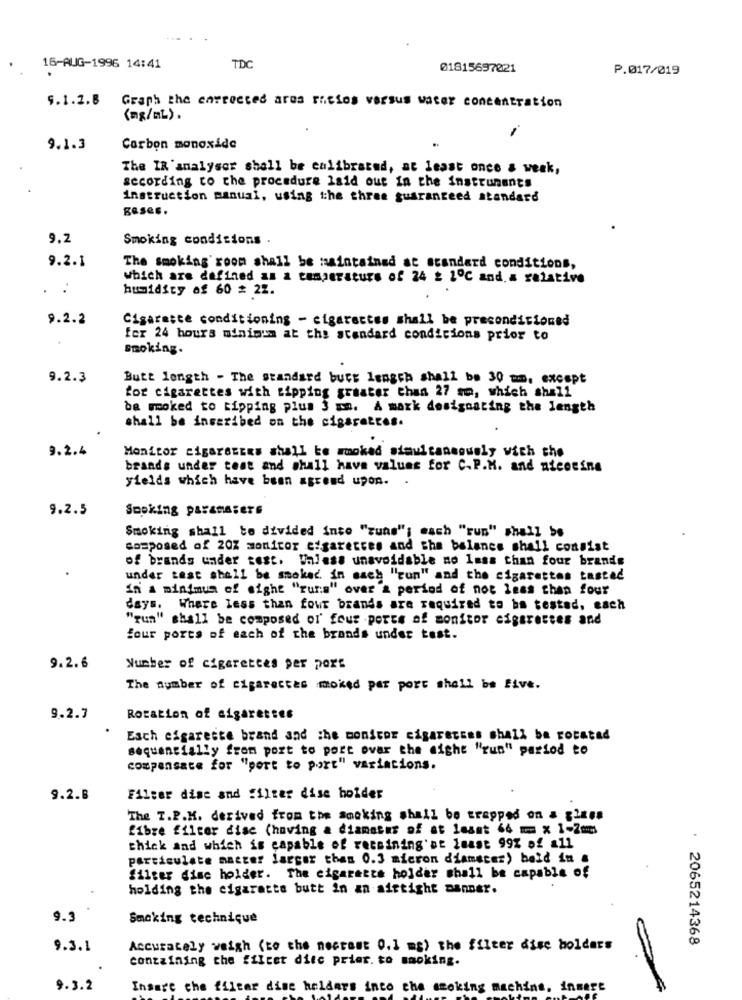
16-AUG-1996 14:41
TDC
01815697021
P.017/019
9.1.2.8 Graph the entrected area ricios versus water concentration
9.1.3
Carbon monoxide
The IR 'analyser shall be calibrated, at least once a week,
secording to the procedure laid out in the instruments
instruction manual, using the three guaranteed standard
geses.
9.2
Smoking conditions .
9.2.1
The smoking room shall be maintained at standard conditions,
Which are defined as a temperature of 24 2 1℃ and. a relative
..
humidity of 60 # 22.
9.2.2
Cigarette conditioning - cigarettes shall be preconditioned
.
for 24 hours minimum at the standard condicions prior to
smoking.
9.2.3
Butt length - The standard burt length shall be 30 mm, except
for cigarettes with tipping greater than 27 mm, which shall
ba woked to tipping plus 3 mon. A mark designating the length
shall be inscribed on the cigarettes.
9.2.4
Monitor cigarettes shall be mmokad simultaneously with the
brands under test and shall have values for C.P.M. and nicotina
yields which have been agreed upon.
9.2.5
Smoking ParaMASers
Smoking shall to divided into "zuns"; each "run" shall be
composed of 207 monitor cigarettes and the balance shall consist
of brands under test. Walesa unavoidable no less than four brands
under rest shall be moked. in each "run" and the cigarettes tasted
in A minimum of sight "rura" over & period of not less than four
days. Where less than four brands are required to ba testad, each
"run" shall be composed of' four ports of monitor cigarettes and
four ports of each of the brands under test.
9.2.6
Number of cigarettes per pors
The number of cigarettes moked per port shall be Five.
9.2.7
Rotation of cigarettes
Esch cigarette brand and the monitor cigarettes shall ba rotatad
sequencially from port to port ovar the night "run" period to
compensate for "port to port" variations.
9.2.B
Filter dise and filter dise holder
The T.P.M. derived from the smoking shall be trapped on a glass
fibre filter dise (having a diamanns of at least 64 == x 1-2mm
thick and which is capable of receining'at least 99% of all
particulate master larger than 0.3 micron diameter) bald in .
filter dise holder. The cigarette holder shall be capable of
holding the cigarette butt in an airtight sanner.
9.3
Smoking technique
: 2065214368
9.3.1
Accurately weigh (to che necrest 0,1 mg) the filter dise holders
containing che ffIcet dite prior. to smoking.
9.3.2
Insert the filear dise heldars inco che moking machine